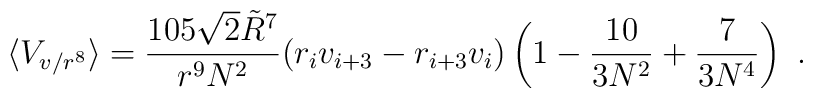
\langle V_{v/r^8} \rangle = {105 \sqrt{2} \tilde{R}^7 \over r^9 N^2}(r_i v_{i+3} -  r_{i+3}v_i)\left(1-{10 \over 3N^2} +{7 \over 3N^4}\right)\ .